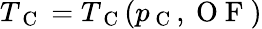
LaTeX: T_{\mathrm{~C~}}=T_{\mathrm{~C~}}(p_{\mathrm{~C~}},\mathrm{~O~F~})